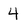
Character: 4